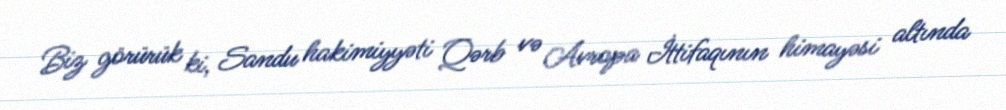
Biz görürük ki, Sandu hakimiyyəti Qərb və Avropa İttifaqının himayəsi altında